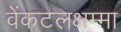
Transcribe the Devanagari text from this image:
वेंकटलक्षम्मा